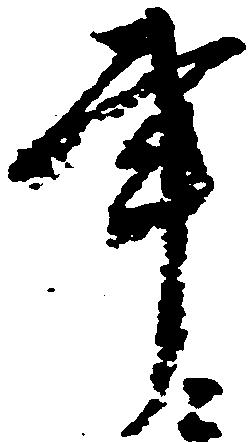
事